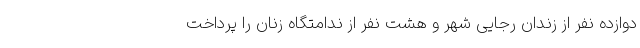
دوازده نفر از زندان رجایی شهر و هشت نفر از ندامتگاه زنان را پرداخت